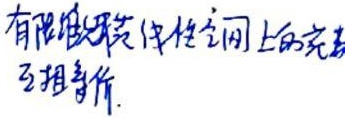
有限维赋范线性空间上的范数 互相等价。